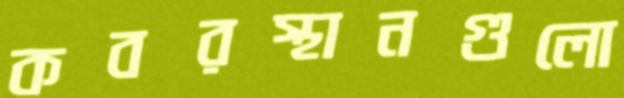
কবরস্থানগুলো